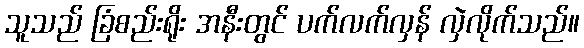
သူသည် ခြံစည်းရိုး အနီးတွင် ပက်လက်လှန် လှဲလိုက်သည်။